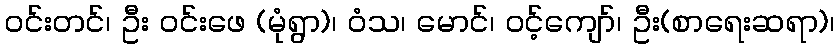
ဝင်းတင်၊ ဦး ဝင်းဖေ (မုံရွာ)၊ ဝံသ၊ မောင်၊ ဝင့်ကျော်၊ ဦး(စာရေးဆရာ)၊